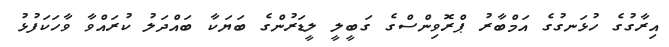
އިރާގުގެ ހުޅަނގުގެ އަމްބާރު ޕްރޮވިންސްގެ ގަބީލީ ލީޑަރުންގެ ބަޔަކާ ބައްދަލު ކުރައްވާ ވާހަކަފުޅު